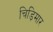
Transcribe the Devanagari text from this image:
चिड़िमार